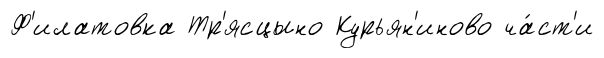
Ф'илатовка Тр'ясцыно Курьян'иново ча́ст'и